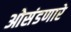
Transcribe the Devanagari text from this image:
ओसंडणारे